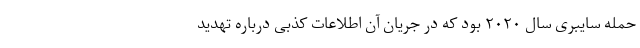
حمله سایبری سال ۲۰۲۰ بود که در جریان آن اطلاعات کذبی درباره تهدید